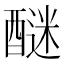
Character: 醚